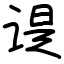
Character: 𬤊